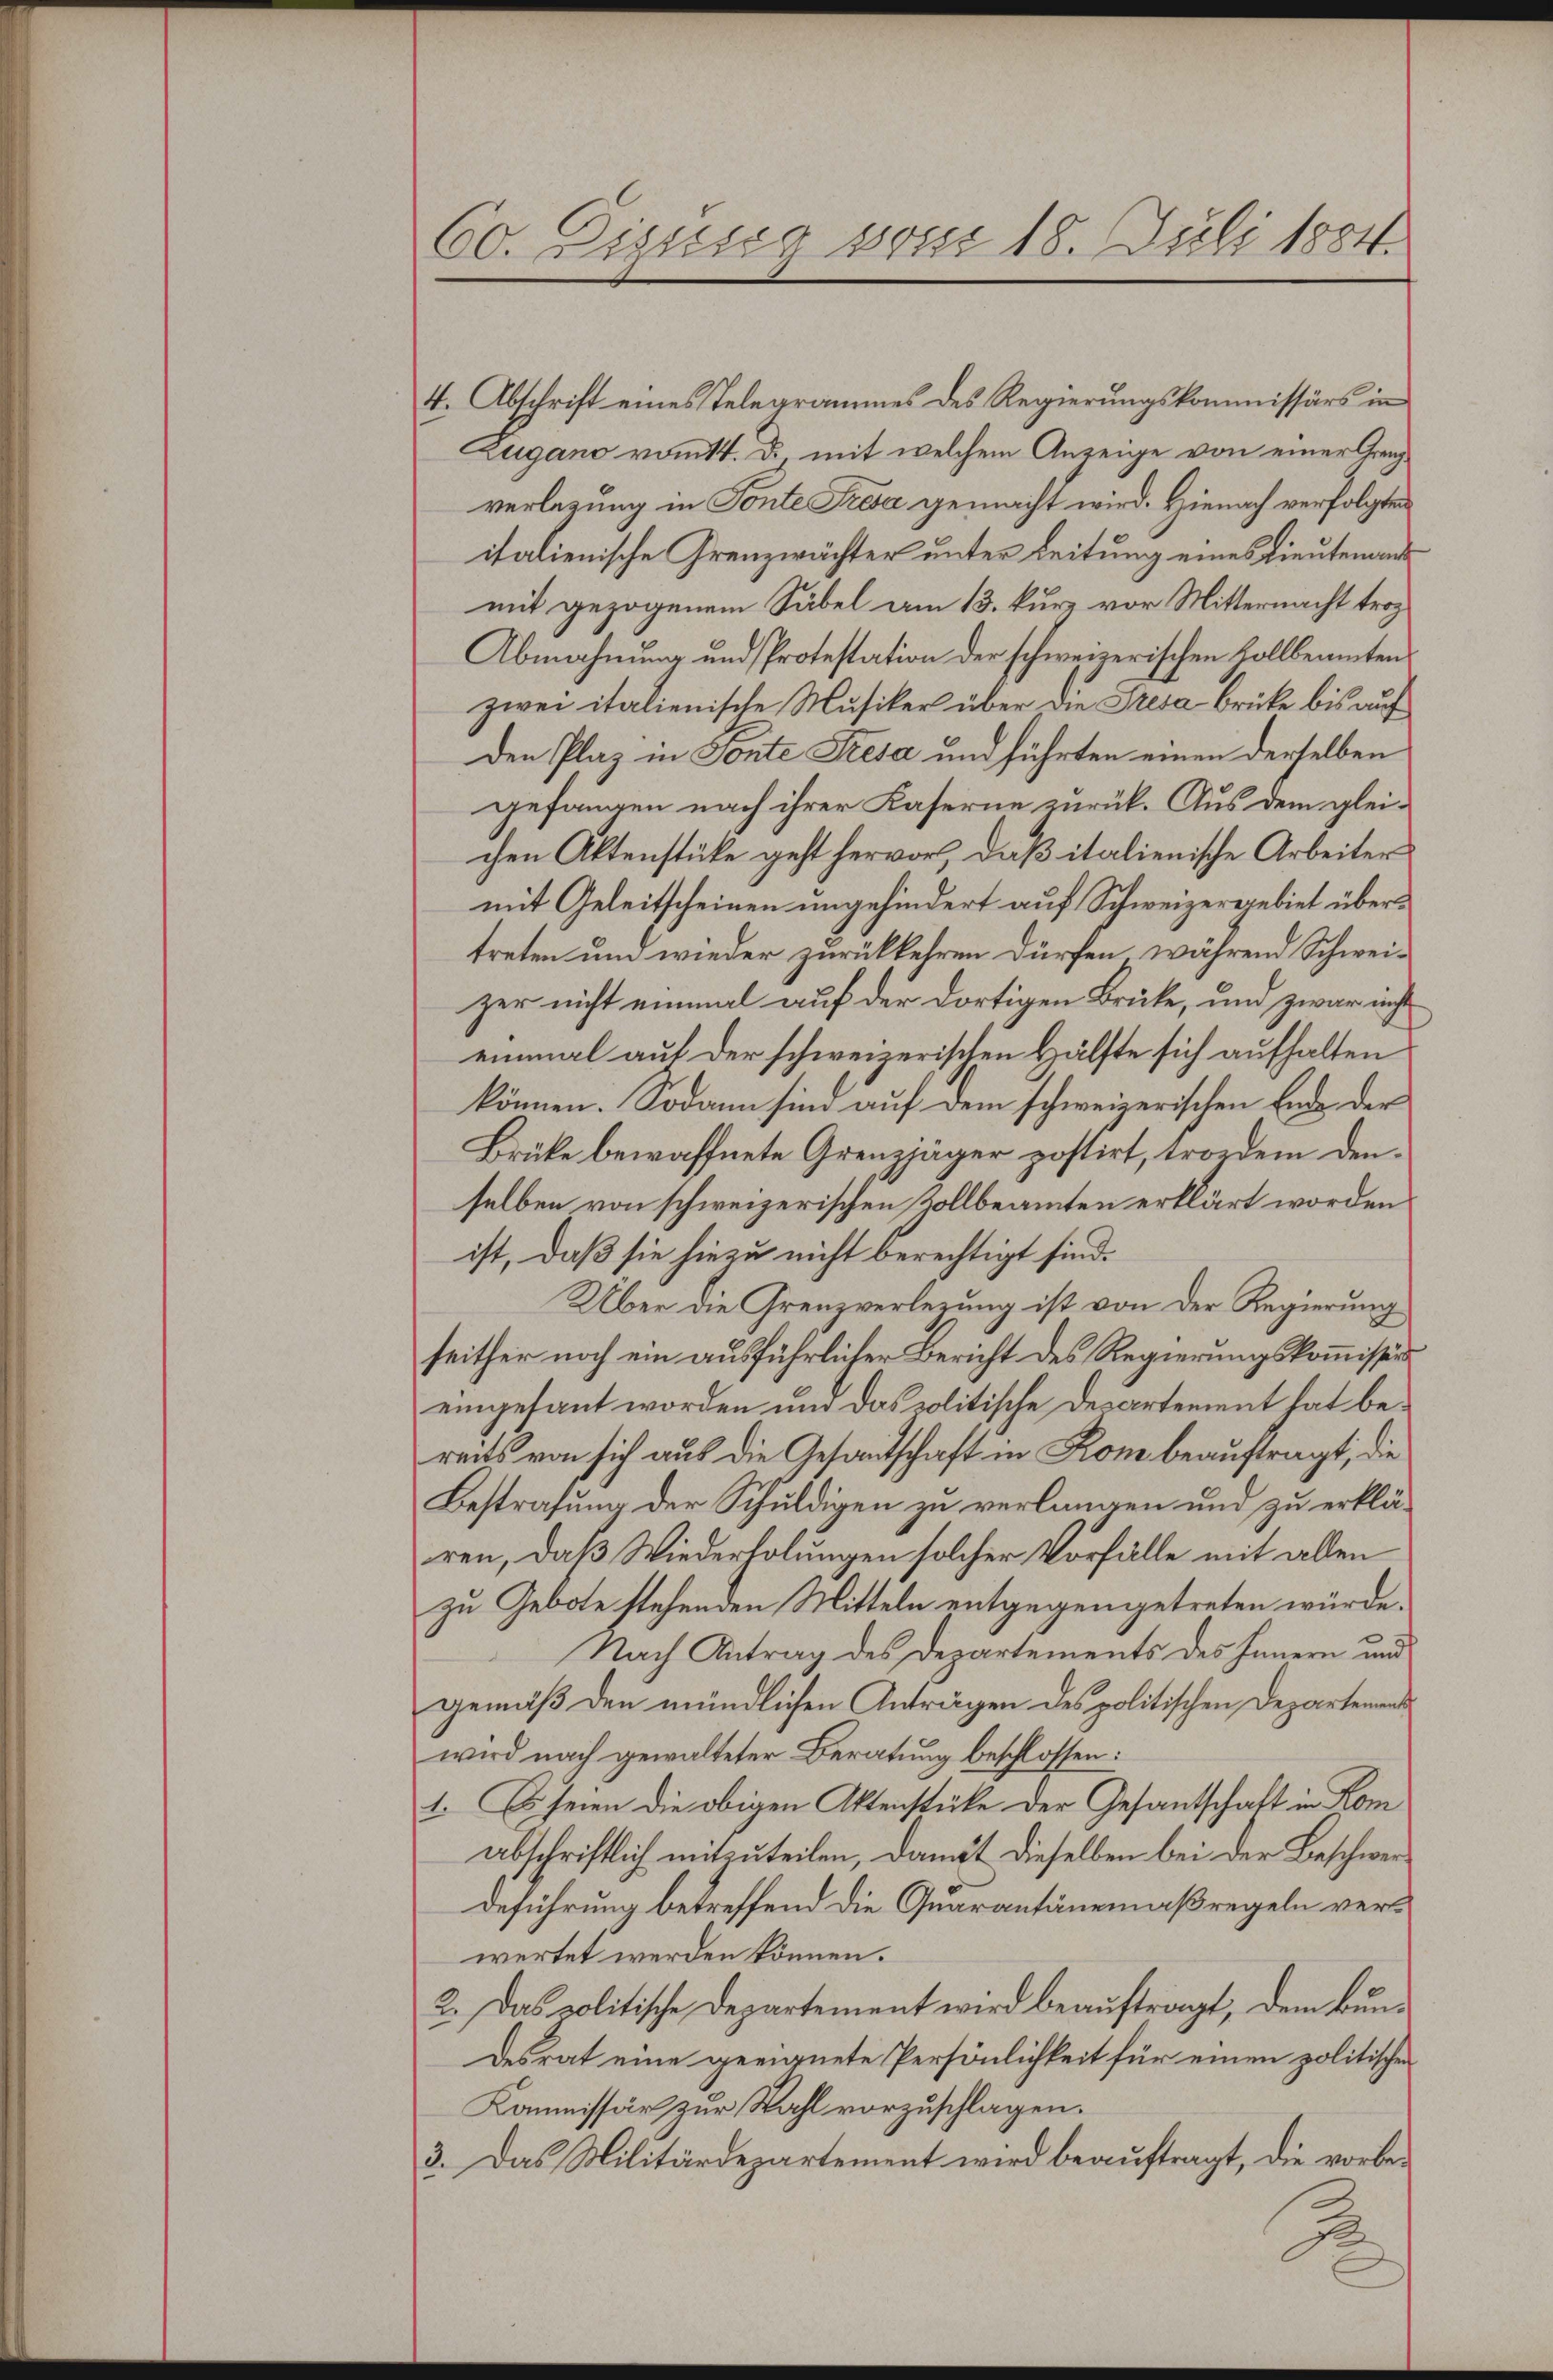
60. Dissser von 18. Juli 1884.

4. Abschrift eines Telegrammes des Regierungskommissärs in
Zugano vom 14. d., mit welchem Anzeige von einer Grenzverlegung in Ponte Fresa gemacht wird. Hienach verfolgten
italienische Grenzwächter unter Leitung eines Lieutenant
mit gezogenem Säbel am 13. kurz vor Mitternacht trotz
Abmahnung und Protestation der schweizerischen Zollbeamten
zwei italienische Musiker über die Fresa brücke bis auf
den Plaz in Sonte Fresa und führten einen derselben
gefangen nach ihrer Kaserne zurück. Aus dem gleichen Aktenstüke geht hervor, daß italienische Arbeiter
mit Geleitscheinen ungehindert auf Schweizergebiet übertreten und wieder zurückkehren dürfen während Schweizer nicht einmal auf der dortigen Brüte, und zwar nicht
einmal auf der schweizerischen Hälfte sich aufhalten
können. Sodann sind auf dem schweizerischen Ende der
Brüke bewaffnete Grenzjäger postirt, trorden denselben von schweizerischen Zollbeamten erklärt worden
ist, daß sie hiezu nicht berechtigt sind.
Über die Grenzverlegung ist von der Regierung
seither noch ein ausführlicher Bericht des Regierungskommission
eingesant worden und das politische Departement hat bereits von sich aus die Gesandtschaft in Kon beauftragt, die
Bestrafung der Schuldigen zu verlangen und zu erklären, daß Wiederholungen solcher Vorfälle mit allen
zu Gebote stehenden Mitteln entgegengetreten würde.
Nach Antrag des Departements des Innern und
gemäß den mündlichen Anträgen des politischen Departementswird nach gewalteter Beratung beschlossen:
1. Es seien die obigen Aktenstücke der Gesantschaft in Kom
abschriftlich mitzuteilen, damit dieselben bei der Beschwer¬
Deführung betreffend die Quarantänemaßregeln verwertet werden können.
2. Das politische Departement wird beaŭftragt, dem Bun-
desrat eine geeignete Persönlichkeit für einen politischen
Kommissär zur Wahl vorzuschlagen.
3. Das Militärdepartement wird beauftragt, die vorbe¬
2